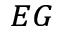
_ { E G }